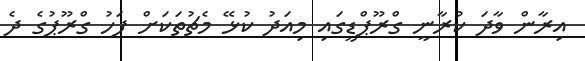
އިރާން ވާދަ ކުރާނީ ގްރޫޕްޑީގައި މިއަދު ކުޅޭ މެޗުތަކަށް ފަހު ގްރޫޕުގެ ދެ